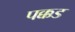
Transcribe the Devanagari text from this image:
पक्कड